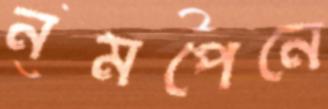
নমপেনে